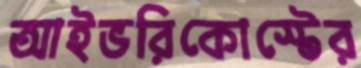
আইভরিকোস্টের